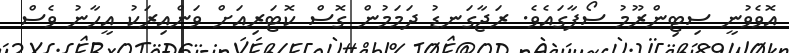
އޮވެވުނީ ސިޓިންރޫމު ސޯފާގައެވެ. ރަޖާގަނޑު ދަމަމުން ގޮސް ކޮޓަރިއަށް ވަންއިރަކު އީހާނު ވެސް